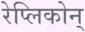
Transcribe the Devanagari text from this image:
रेप्लिकोन्